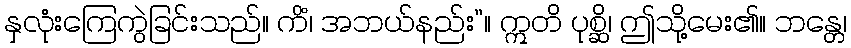
နှလုံးကြေကွဲခြင်းသည်။ ကိံ၊ အဘယ်နည်း”။ ဣတိ ပုစ္ဆိ၊ ဤသို့မေး၏။ ဘန္တေ၊